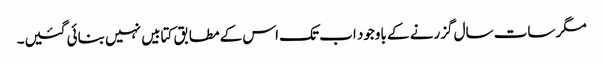
مگر سات سال گزرنے کے باوجود اب تک اس کے مطابق کتابیں نہیں بنائی گئیں۔